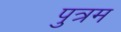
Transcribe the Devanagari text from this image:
पुत्रम